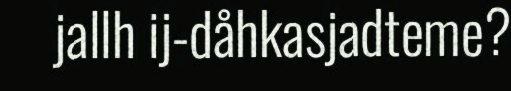
jallh ij-dåhkasjadteme?